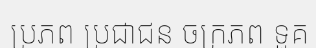
ប្រភព ប្រជាជន ចក្រភព ទួគ